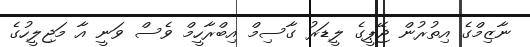
ނާޒިމްގެ އިތުރުން ޖޭޕީގެ ލީޑަރު ގާސިމް އިބްރާހީމް ވެސް ވަނީ އާ މަޖިލީހުގެ